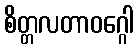
စိတ္တလတာဝဂ္ဂေါ